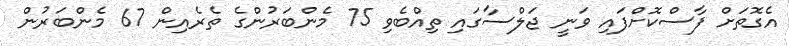
އެގޮތަށް ފާސްކޮށްފައި ވަނީ ޖަލްސާގައި ތިއްބެވި 75 މެންބަރުންގެ ތެރެއިން 67 މެންބަރުން